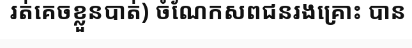
រត់គេចខ្លួនបាត់) ចំណែកសពជនរងគ្រោះ បាន